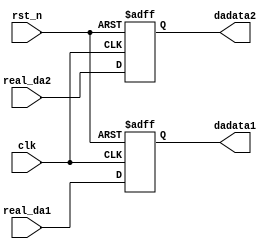
`timescale 1ns / 1ps
//////////////////////////////////////////////////////////////////////////////////
// Company: 
// Engineer: 
// 
// Design Name: 
// Module Name:    da 
// Project Name: 
// Target Devices: 
// Tool versions: 
// Description: 
//
// Dependencies: 
//
// Revision: 
// Revision 0.01 - File Created
// Additional Comments: 
//
//////////////////////////////////////////////////////////////////////////////////
module da2(
	input clk,
	input rst_n,
	input[13:0] real_da1, 
	input[13:0] real_da2, 
	output[13:0] dadata1,	
	output[13:0] dadata2
    );
	 
reg[13:0] reg_dadata1;
reg[13:0] reg_dadata2;

assign dadata1 = reg_dadata1;
assign dadata2 = reg_dadata2;

always@(posedge clk or negedge rst_n)
begin
	if(!rst_n)
	begin
		reg_dadata1 <= 14'b0000_00000_00000;
	end
	else
	begin
		reg_dadata1 <= real_da1;
	end
end

always@(posedge clk or negedge rst_n)
begin
	if(!rst_n)
	begin
		reg_dadata2 <= 14'b0000_00000_00000;
	end
	else
	begin
		reg_dadata2 <= real_da2;
	end
end

endmodule